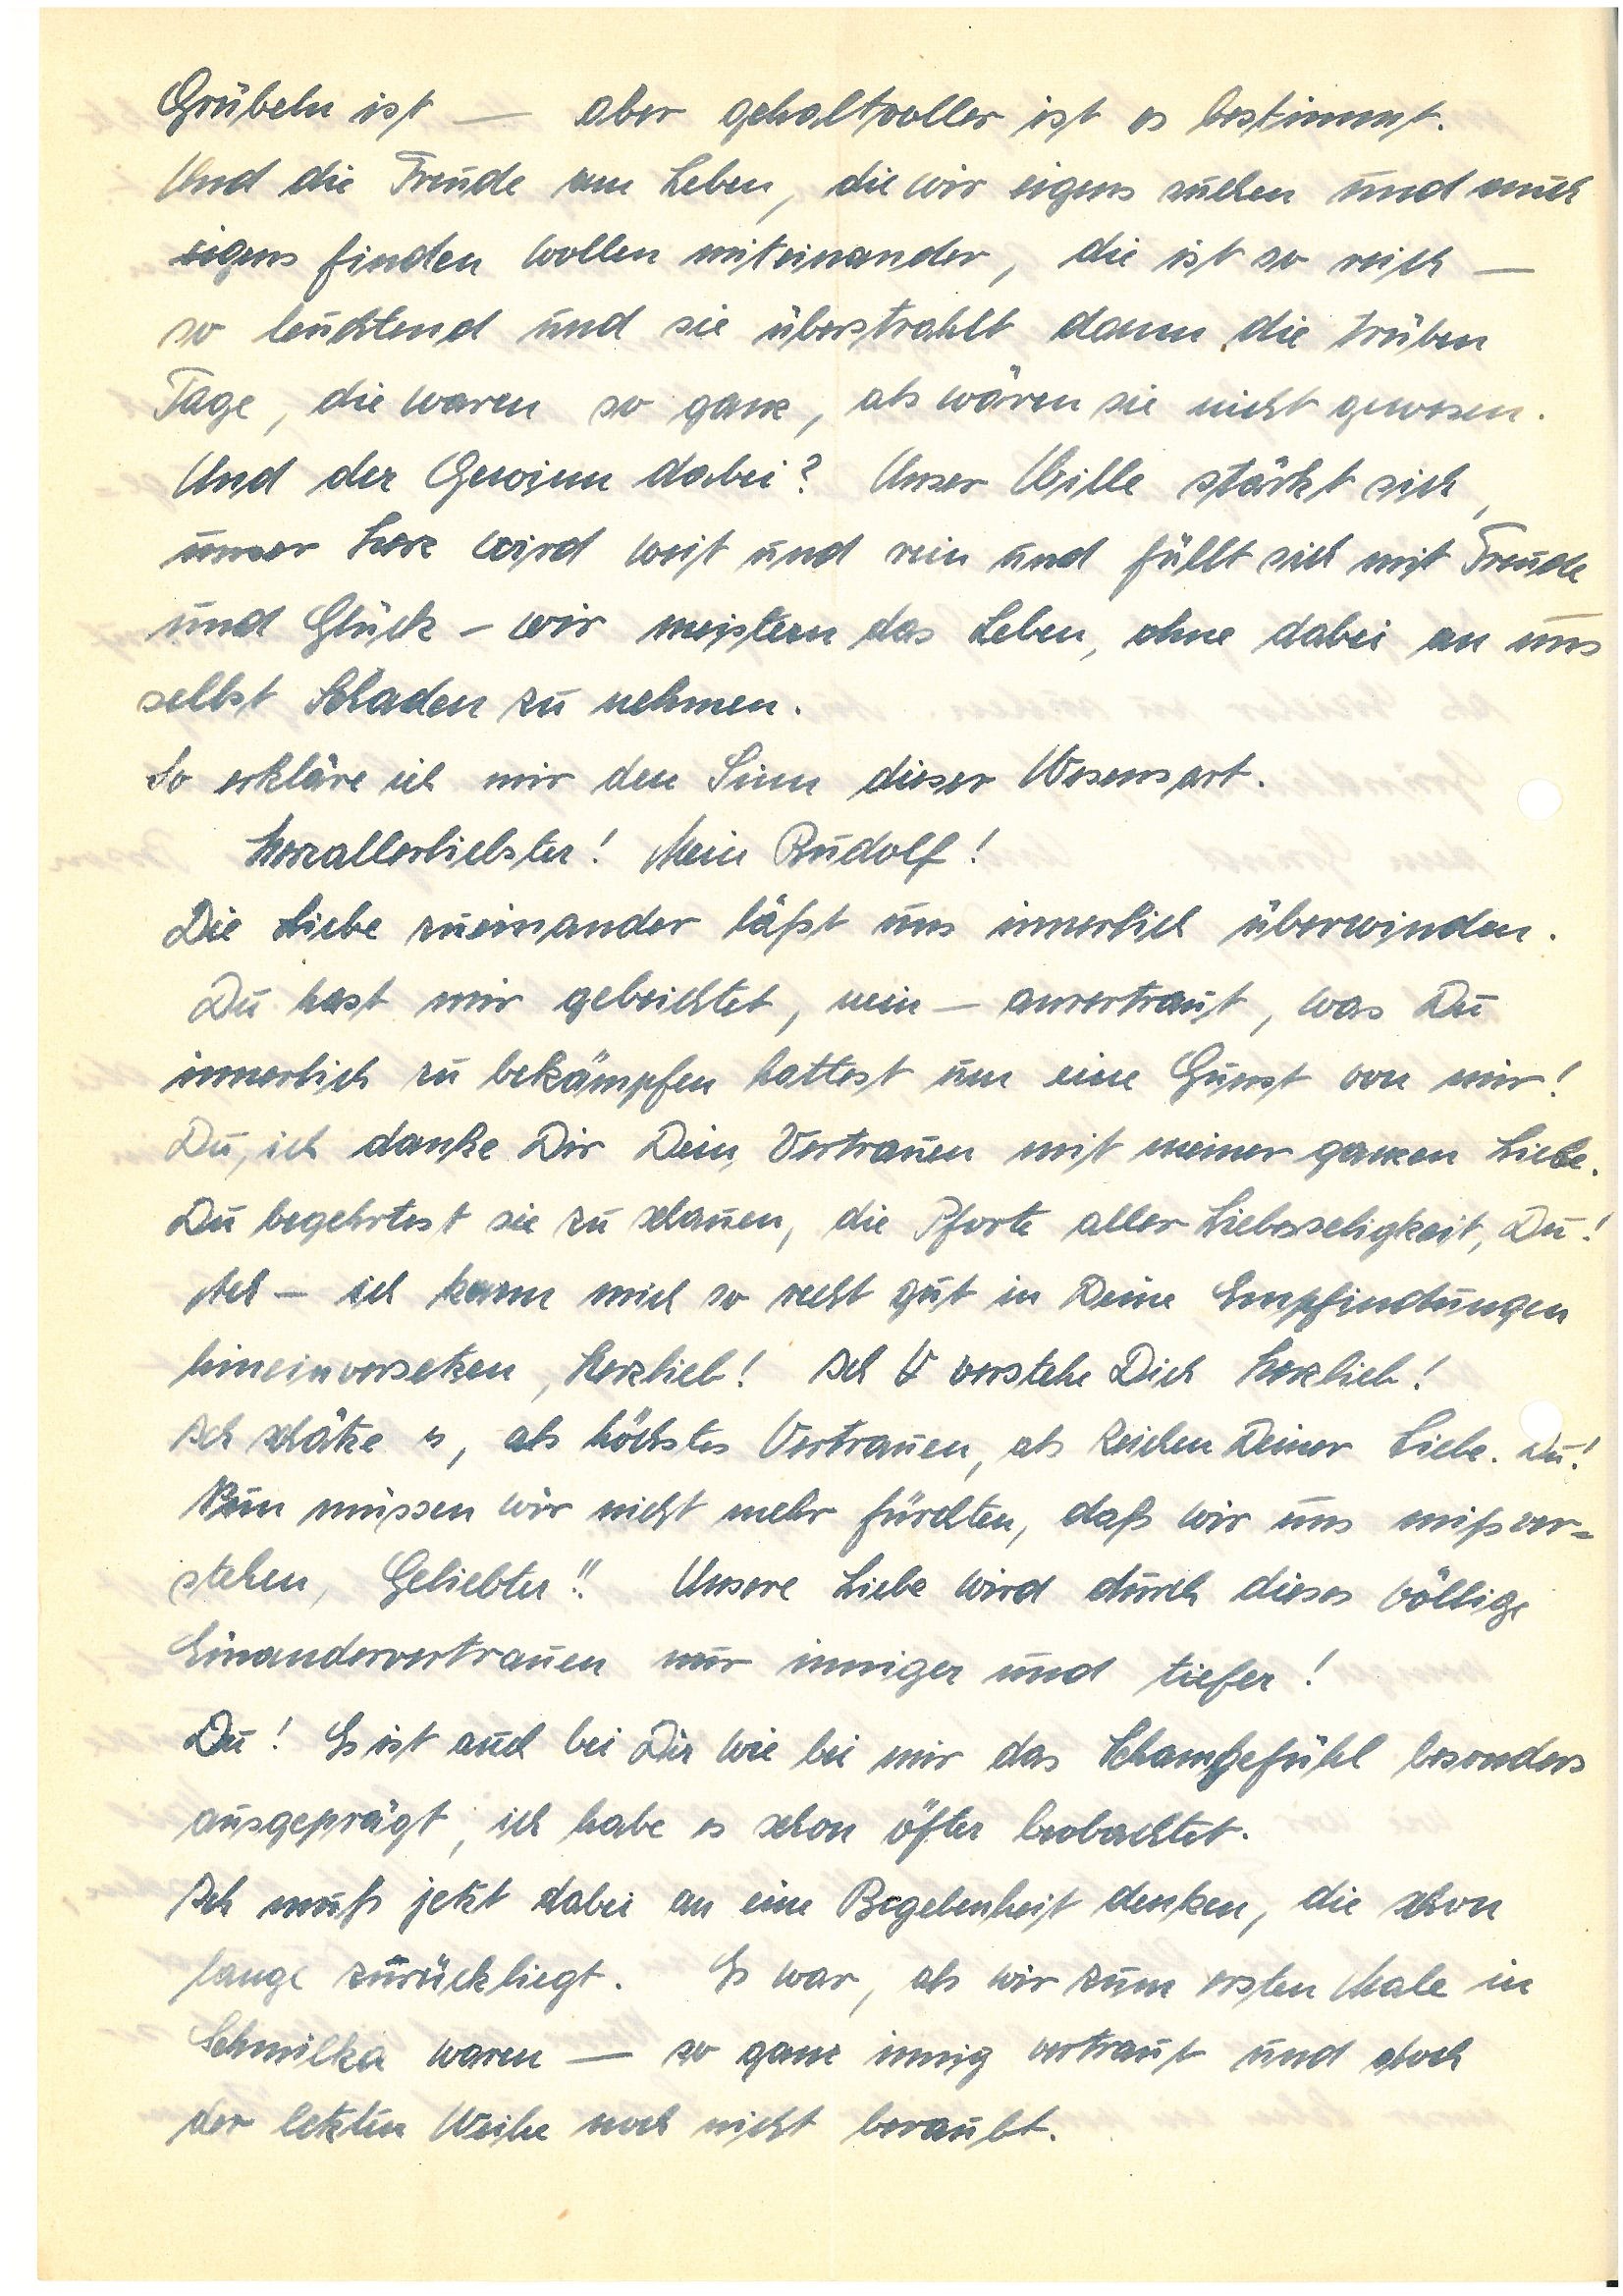
Grübeln ist – aber gehaltvoller ist es bestimmt.
Und die Freude am Leben, die wir eigens suchen und auch
eigens finden wollen miteinander, die ist so reich –
so leuchtend und sie überstrahlt dann die trüben
Tage, die waren so ganz, als wären sie nicht gewesen.
Und der Gewinn dabei? Unser Wille stärkt sich,
Unser Herz wird weit und rein und füllt sich mit Freude
und Glück – wir meistern das Leben, ohne dabei an uns
selbst Schaden zu nehmen.
So erkläre ich mir den Sinn dieser Wesensart.
Herzallerliebster! Mein !
Die Liebe zueinander läßt uns innerlich überwinden.
Du hast mir gebeichtet, nein – anvertraut, was Du
innerlich zu bekämpfen hattest um eine Gunst von mir!
Du, ich danke Dir Dein Vertrauen mit meiner ganzen Liebe.
Du begehrtest sie zu schauen die Pforte aller Liebesseligkeit, Du!
Ach – ich kann mich so recht gut in Deine Empfindungen
hinein versetzen, Herzlieb! Ich V verstehe Dich Herzlieb!
Ich schätze es, als höchstes Vertrauen, als Zeichen Deiner Liebe. Du!
Nun müssen wir nicht mehr fürchten, daß wir uns mißver¬
stehen, Geliebter!! Unsere Liebe wird durch dieses völlige
Einandervertrauen nur inniger und tiefer!
Du! Es ist auch bei Dir wie bei mir das Schamgefühl besonders
ausgeprägt, ich habe es schon öfter beobachtet.
Ich muß jetzt dabei an eine Begebenheit denken, die schon
lange zurückliegt. Es war, als wir zum ersten Male in
S. waren – so ganz innig vertraut und doch
der letzten Weihe noch nicht beraubt.